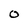
Character: o